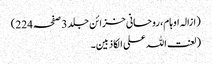
(ازالہ اوہام، روحانی خزائن جلد 3 صفحہ 224)
(لعنت اللہ علی الکاذبین۔